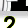
Digit: 2